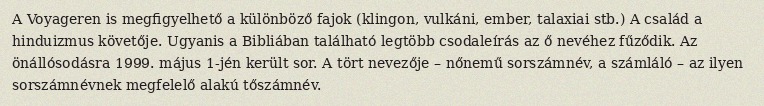
A Voyageren is megfigyelhető a különböző fajok (klingon, vulkáni, ember, talaxiai stb.) A család a hinduizmus követője. Ugyanis a Bibliában található legtöbb csodaleírás az ő nevéhez fűződik. Az önállósodásra 1999. május 1-jén került sor. A tört nevezője – nőnemű sorszámnév, a számláló – az ilyen sorszámnévnek megfelelő alakú tőszámnév.